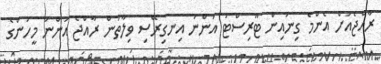
ރާއްޖެއަށް އެންމެ ގިނައިން ޓޫރިސްޓު އަންނަ އިނގިރޭސި ވިލާތުން ރާއްޖެ އަންނަ މީހުންގެ